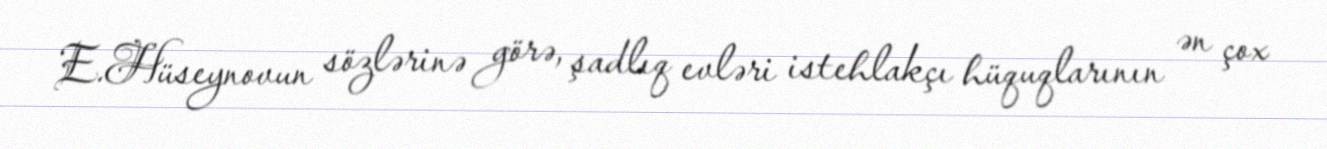
E.Hüseynovun sözlərinə görə, şadlıq evləri istehlakçı hüquqlarının ən çox